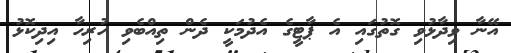
އޭނާ ވިދާޅުވި ގޮތުގައި އެ ޕާޓީގެ އެދުމަކީ ދެން ތިއްބެވި ހުރިހާ އިދިކޮޅު